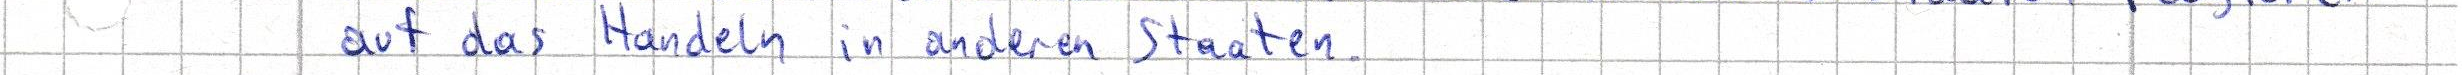
auf das Handeln in anderen Staaten.